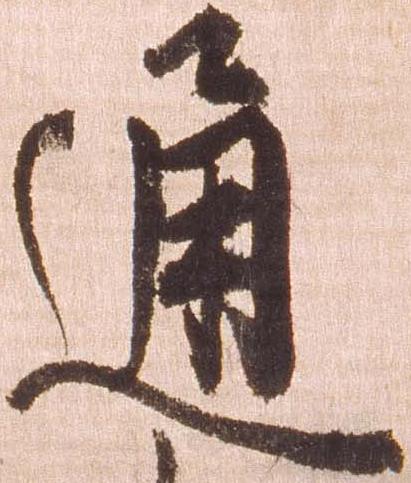
通